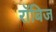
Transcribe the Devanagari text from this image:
रॉबिज